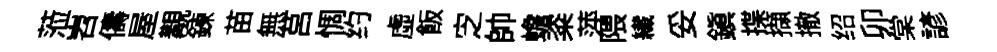
蒞岧儔屋覯鍊苗無莒惆约虛飯㝎帥蟾粢萍隈纎妥鎭揲擷撤绍卯棠諺